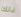
ذلك